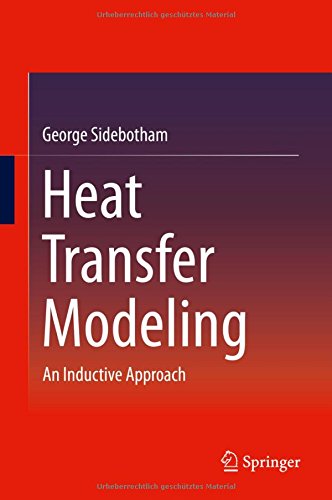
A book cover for Heat Transfer Modeling: An Inductive Approach; George Sidebotham; Computers & Technology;